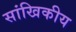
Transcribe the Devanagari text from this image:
सांखिकीय